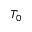
T _ { 0 }